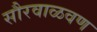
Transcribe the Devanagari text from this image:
सौरवाळवण